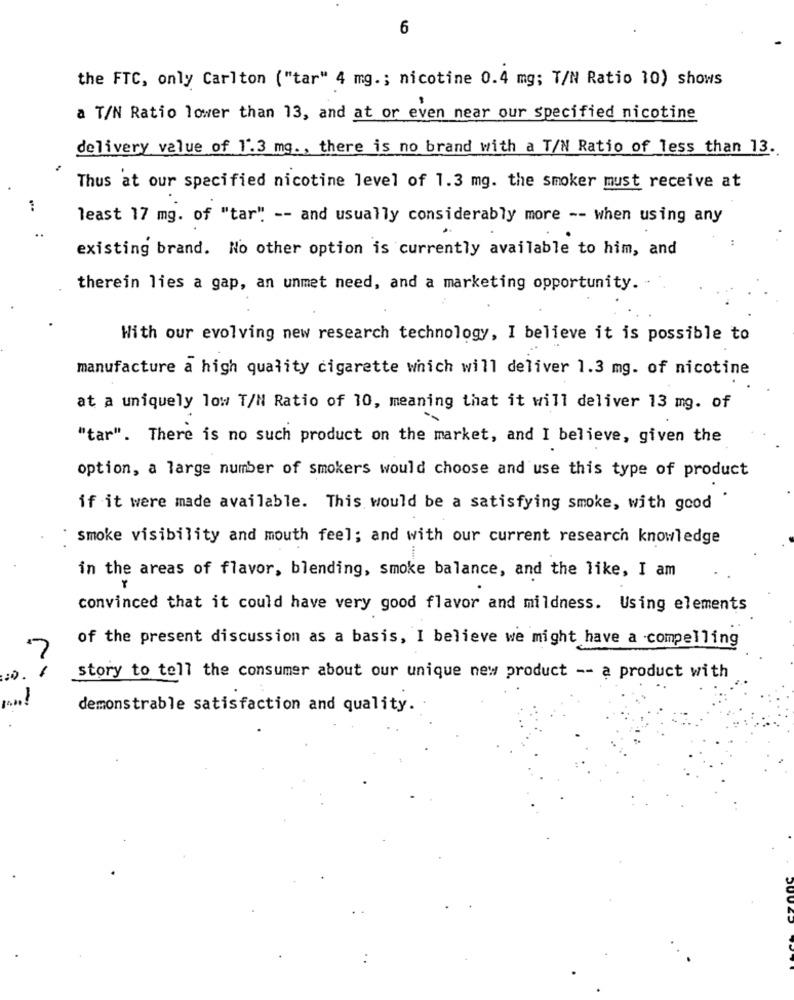
6
the FTC, only Carlton ("tar" 4 mg .; nicotine 0.4 mg; T/N Ratio 10) shows
a T/N Ratio lower than 13, and at or even near our specified nicotine
delivery value of 1.3 mg ., there is no brand with a T/N Ratio of less than 13.
Thus at our specified nicotine level of 1.3 mg. the smoker must receive at
least 17 mg. of "tar" -- and usually considerably more -- when using any
..
existing brand. No other option is currently available to him, and
therein lies a gap, an unmet need, and a marketing opportunity.
With our evolving new research technology, I believe it is possible to
manufacture a high quality cigarette which will deliver 1.3 mg. of nicotine
at a uniquely low T/N Ratio of 10, meaning that it will deliver 13 mg. of
"tar". There is no such product on the market, and I believe, given the
option, a large number of smokers would choose and use this type of product
if it were made available. This would be a satisfying smoke, with good "
smoke visibility and mouth feel; and with our current research knowledge
in the areas of flavor, blending, smoke balance, and the like, I am
convinced that it could have very good flavor and mildness. Using elements
of the present discussion as a basis, I believe we might have a compelling
7
story to tell the consumer about our unique new product -- a product with
-
demonstrable satisfaction and quality.